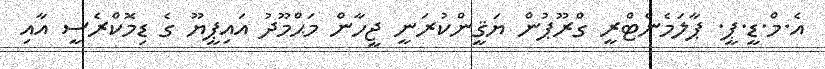
އެ.މް.ޑީ.ޕީ. ޕާލަމެންޓްރީ ގްރޫޕުން ޔަޤީންކުރަނީ ޖީހާން މަޙްމޫދު އައިޕީޔޫ ގެ ޑިމޮކްރެސީ އާއި